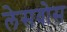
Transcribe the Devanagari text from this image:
लेसवोस